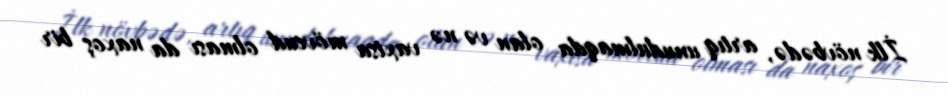
İlk növbədə, artıq unudulmaqda olan və nə vaxtsa mövcud olması da naxoş bir